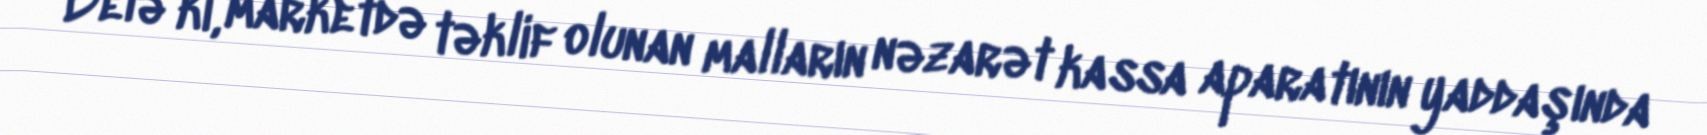
Belə ki, marketdə təklif olunan malların nəzarət kassa aparatının yaddaşında